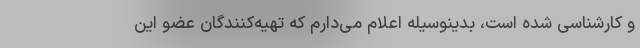
و کارشناسی شده است، بدینوسیله اعلام می‌دارم که تهیه‌کنندگان عضو این